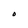
Character: O